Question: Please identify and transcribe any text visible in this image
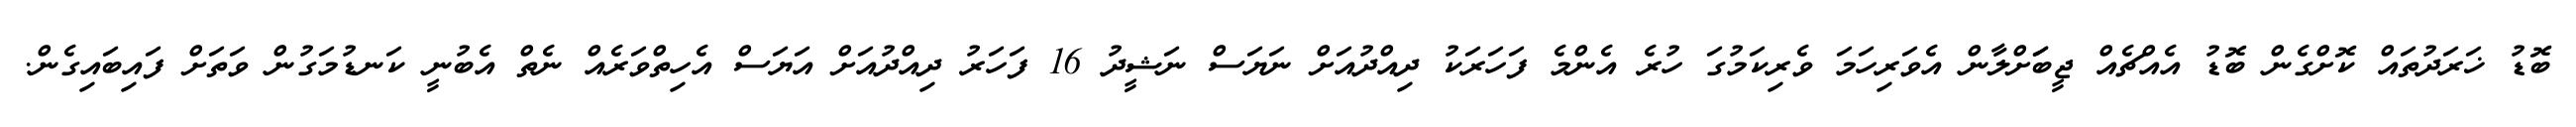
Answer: ބޮޑު ޚަރަދުތައް ކޮށްގެން ބޮޑު އެއްޗެއް ޖީބަަށްލާން އެވަރިހަމަ ވެރިކަމުގަ ހުރެ އެންމެ ފަހަރަކު ދިއްދުއަށް ނަޔަސް ނަޝީދު 16 ފަހަރު ދިއްދުއަށް އަޔަސް އެހިތްވަރެއް ނެތް އެބުނީ ކަނޑުމަގުން ވަތަށް ފައިބައިގެން.